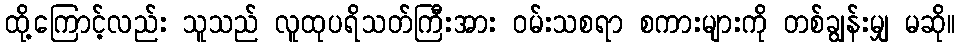
ထို့ကြောင့်လည်း သူသည် လူထုပရိသတ်ကြီးအား ဝမ်းသစရာ စကားများကို တစ်ချွန်းမျှ မဆို။